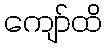
ကျော်ထိ